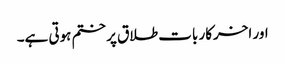
اور اخرکار بات طلاق پر ختم ہوتی ہے۔